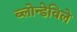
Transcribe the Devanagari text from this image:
ब्लोन्डेविले